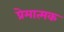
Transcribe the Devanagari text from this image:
प्रेमात्मक